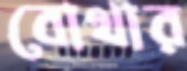
বোথার